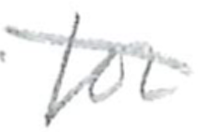
Text: for
Cross-out: diagonal
Writing tool: pencil